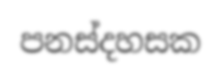
පනස්දහසක